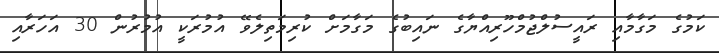
ކަމުގެ މަގާމާއި ރައީސުލްޖުމްހޫރިއްޔާގެ ނައިބުގެ މަގާމަށް ކުރިމަތިލެވޭ އުމުރަކީ އުމުރުން 30 އަހަރާއި